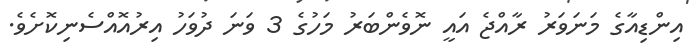
އިންޑިއާގެ މަނަވަރު ރާއްޖެ އައީ ނޮވެންބަރު މަހުގެ 3 ވަނަ ދުވަހު އިރުއޮއްސެނިކޮށެވެ.